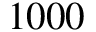
1 0 0 0